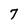
Character: 7